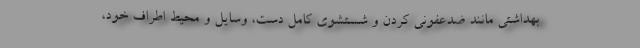
بهداشتی مانند ضدعفونی کردن و شستشوی کامل دست، وسایل و محیط اطراف خود،